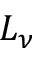
L _ { \nu }